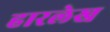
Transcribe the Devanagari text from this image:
हारलेख